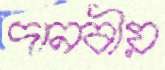
দানবীয়